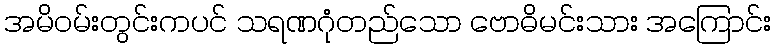
အမိဝမ်းတွင်းကပင် သရဏဂုံတည်သော ဗောဓိမင်းသား အကြောင်း